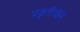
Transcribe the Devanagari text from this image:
प्रकृतीचेनि